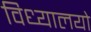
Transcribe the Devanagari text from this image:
विध्यालयो